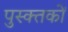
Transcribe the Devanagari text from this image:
पुस्क्तकों